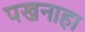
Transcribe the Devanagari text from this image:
पखनाहा